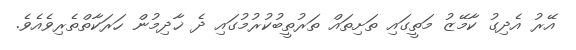
އޭރު އެދިގު ކާމޭޒު މަތީގައި ތަށިތައް ތަރުތީބުކުރުމުގައި ދެ ޚާދިމުން ހަރަކާތްތެރިވެއެވެ.